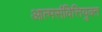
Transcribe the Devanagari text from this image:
आत्मसंवित्तियुक्त